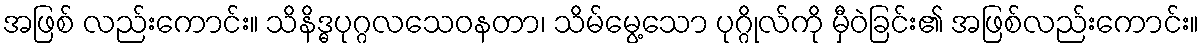
အဖြစ် လည်းကောင်း။ သိနိဒ္ဓပုဂ္ဂလသေဝနတာ၊ သိမ်မွေ့သော ပုဂ္ဂိုလ်ကို မှီဝဲခြင်း၏ အဖြစ်လည်းကောင်း။